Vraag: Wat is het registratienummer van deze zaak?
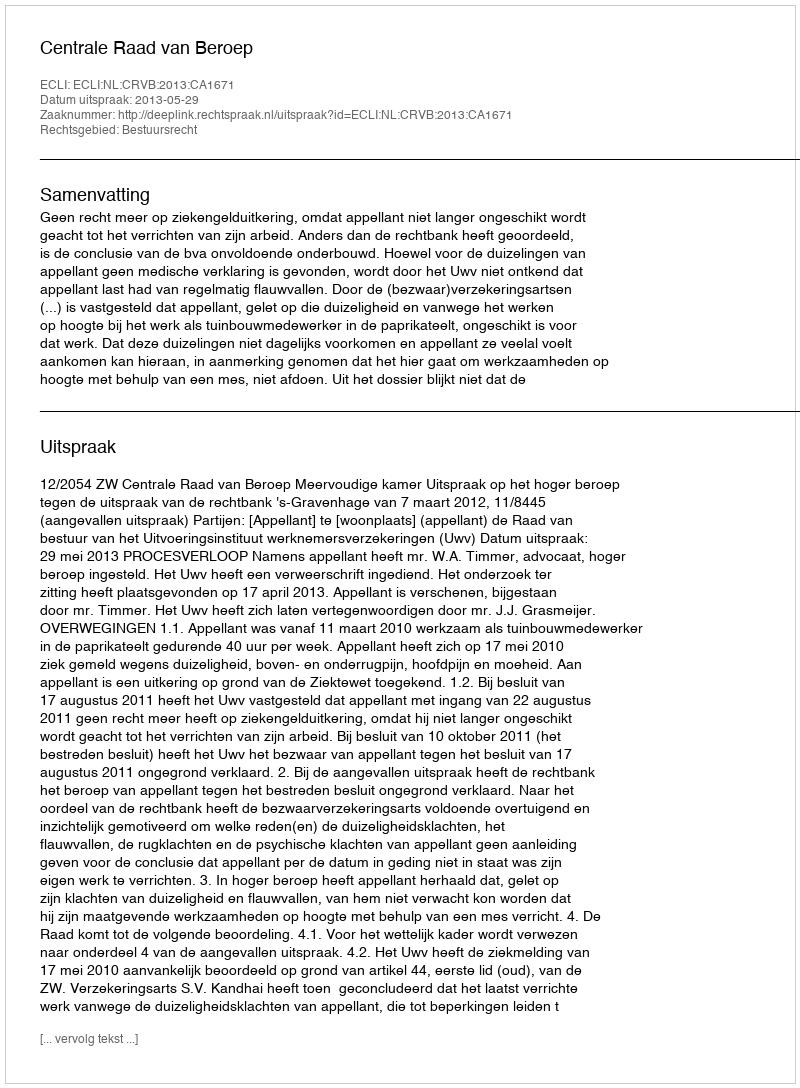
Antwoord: http://deeplink.rechtspraak.nl/uitspraak?id=ECLI:NL:CRVB:2013:CA1671